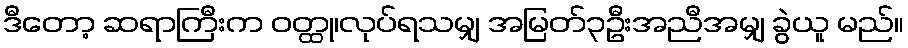
ဒီတော့ ဆရာကြီးက ဝတ္ထု၊လုပ်ရသမျှ အမြတ်၃ဦးအညီအမျှ ခွဲယူ မည်။